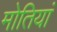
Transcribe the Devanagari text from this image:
मोतियां